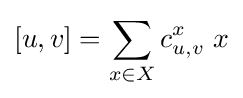
[u,v]=\sum _{x\in X}c_{u,v}^{x}\;x